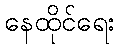
နေထိုင်ရေး